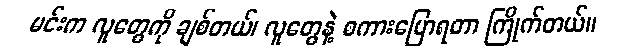
မင်းက လူတွေကို ချစ်တယ်၊ လူတွေနဲ့ စကားပြောရတာ ကြိုက်တယ်။